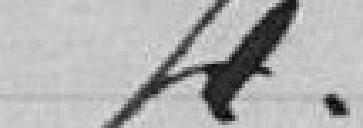
4